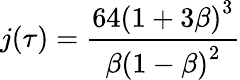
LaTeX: j(\tau)={\frac{64\left(1+3\beta\right)^{3}}{\beta\left(1-\beta\right)^{2}}}